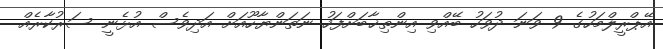
އޭޕްރީލްމަހުގެ 9 ވަނަ ދުވަހު ބޭއްވި އިންތިޚާބަށްފަހު ނަތަންޔާހޫއަށް އަދިވެސް އުޅެނީ ސަރުކާރެއް